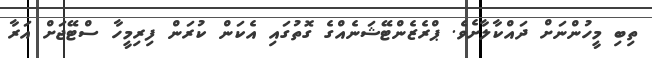
ތިބި މީހުންނަށް ދައްކާލާށެވެ. ޕްރެޒެންޓޭޝަނެއްގެ ގޮތުގައި އެކަން ކުރަން ފިރިމީހާ ސްޓޭޖަށް އަރާ